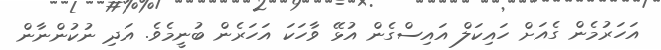
އަހަރުމެން ގެއަށް ހައިކަލް އައިސްގެން އުޅޭ ވާހަކަ އަހަރެން ބުނީމެވެ. އަދި ނުކުންނާން